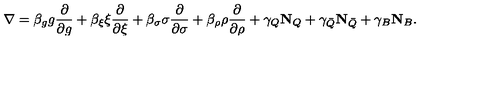
\nabla = \beta _ { g } g \frac { \partial } { \partial g } + \beta _ { \xi } \xi \frac { \partial } { \partial \xi } + \beta _ { \sigma } \sigma \frac { \partial } { \partial \sigma } + \beta _ { \rho } \rho \frac { \partial } { \partial \rho } + \gamma _ { Q } \mathbf { N } _ { Q } + \gamma _ { \bar { Q } } \mathbf { N } _ { \bar { Q } } + \gamma _ { B } \mathbf { N } _ { B } .